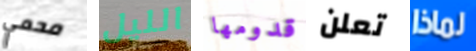
محمي الليل قدومها تعلن لماذا